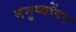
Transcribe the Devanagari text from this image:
मनुष्योंपर